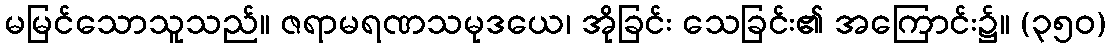
မမြင်သောသူသည်။ ဇရာမရဏသမုဒယေ၊ အိုခြင်း သေခြင်း၏ အကြောင်း၌။ (၃၅၀)